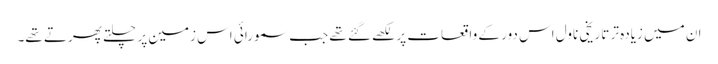
ان میں زیادہ تر تاریخی ناول اس دور کے واقعات پر لکھے گئے تھے جب سمورائی اس زمین پر چلتے پھرتے تھے۔